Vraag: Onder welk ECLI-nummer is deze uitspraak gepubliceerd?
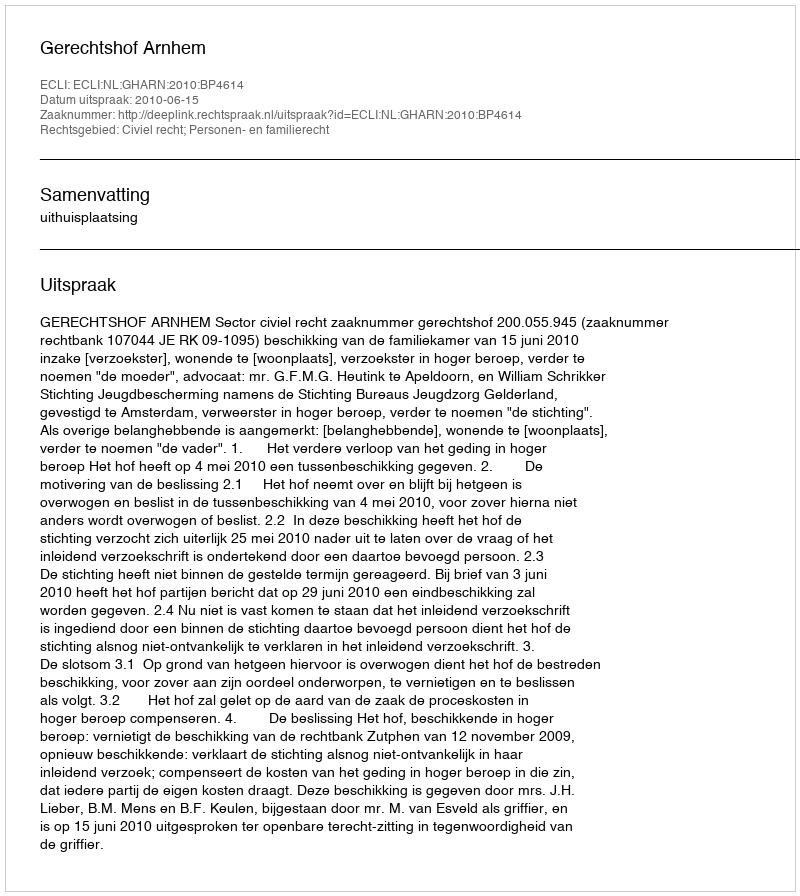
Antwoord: ECLI:NL:GHARN:2010:BP4614